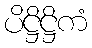
ပိဋ္ဌိဋ္ဌိကံ